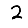
Digit: 2